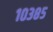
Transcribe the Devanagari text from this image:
१०३८५